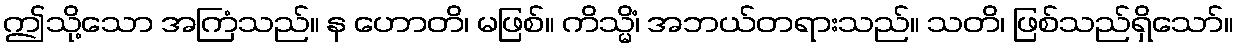
ဤသို့သော အကြံသည်။ န ဟောတိ၊ မဖြစ်။ ကိသ္မိံ၊ အဘယ်တရားသည်။ သတိ၊ ဖြစ်သည်ရှိသော်။